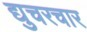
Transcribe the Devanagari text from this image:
द्युचरचार